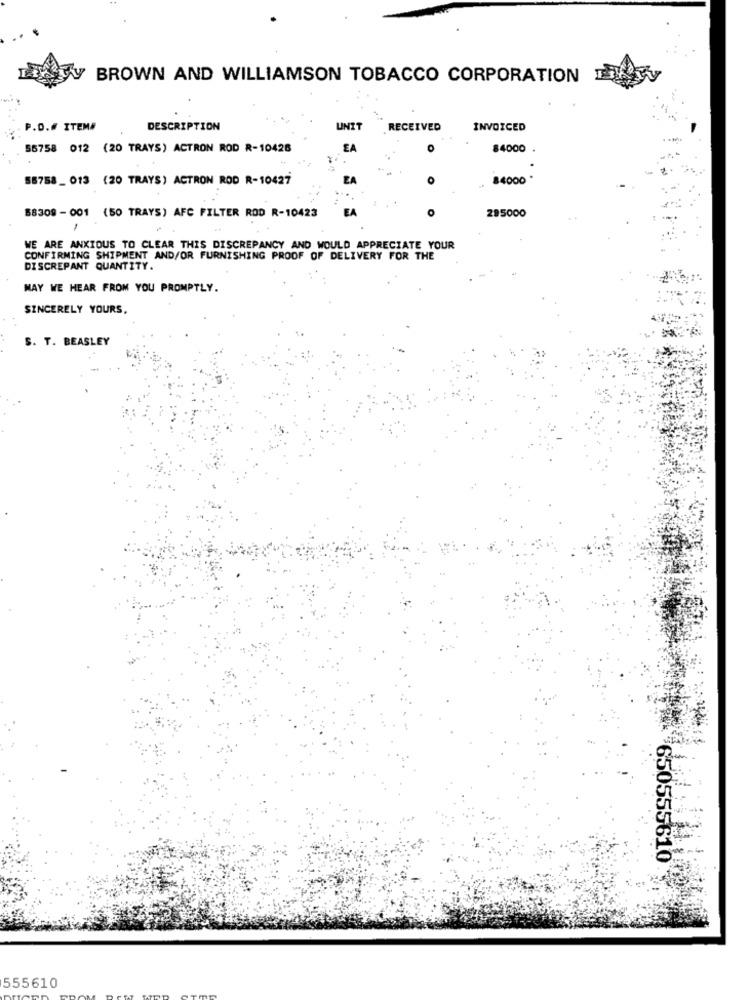
Wy BROWN AND WILLIAMSON TOBACCO CORPORATION
P.D.# ITEM#
DESCRIPTION
UNIT
RECEIVED
INVOICED
55758 012 (20 TRAYS) ACTRON ROD R-10426
84000
55758_ 013 (20 TRAYS) ACTRON ROD R-10427
84000
295000
88309 - 001 (50 TRAYS) AFC FILTER ROD R-10423
1
WE ARE ANXIOUS TO CLEAR THIS DISCREPANCY AND WOULD APPRECIATE YOUR
CONFIRMING SHIPMENT AND/OR FURNISHING PROOF OF DELIVERY FOR THE
DISCREPANT QUANTITY.
MAY WE HEAR FROM YOU PROMPTLY.
SINCERELY YOURS,
S. T. BEASLEY
650555610
555610